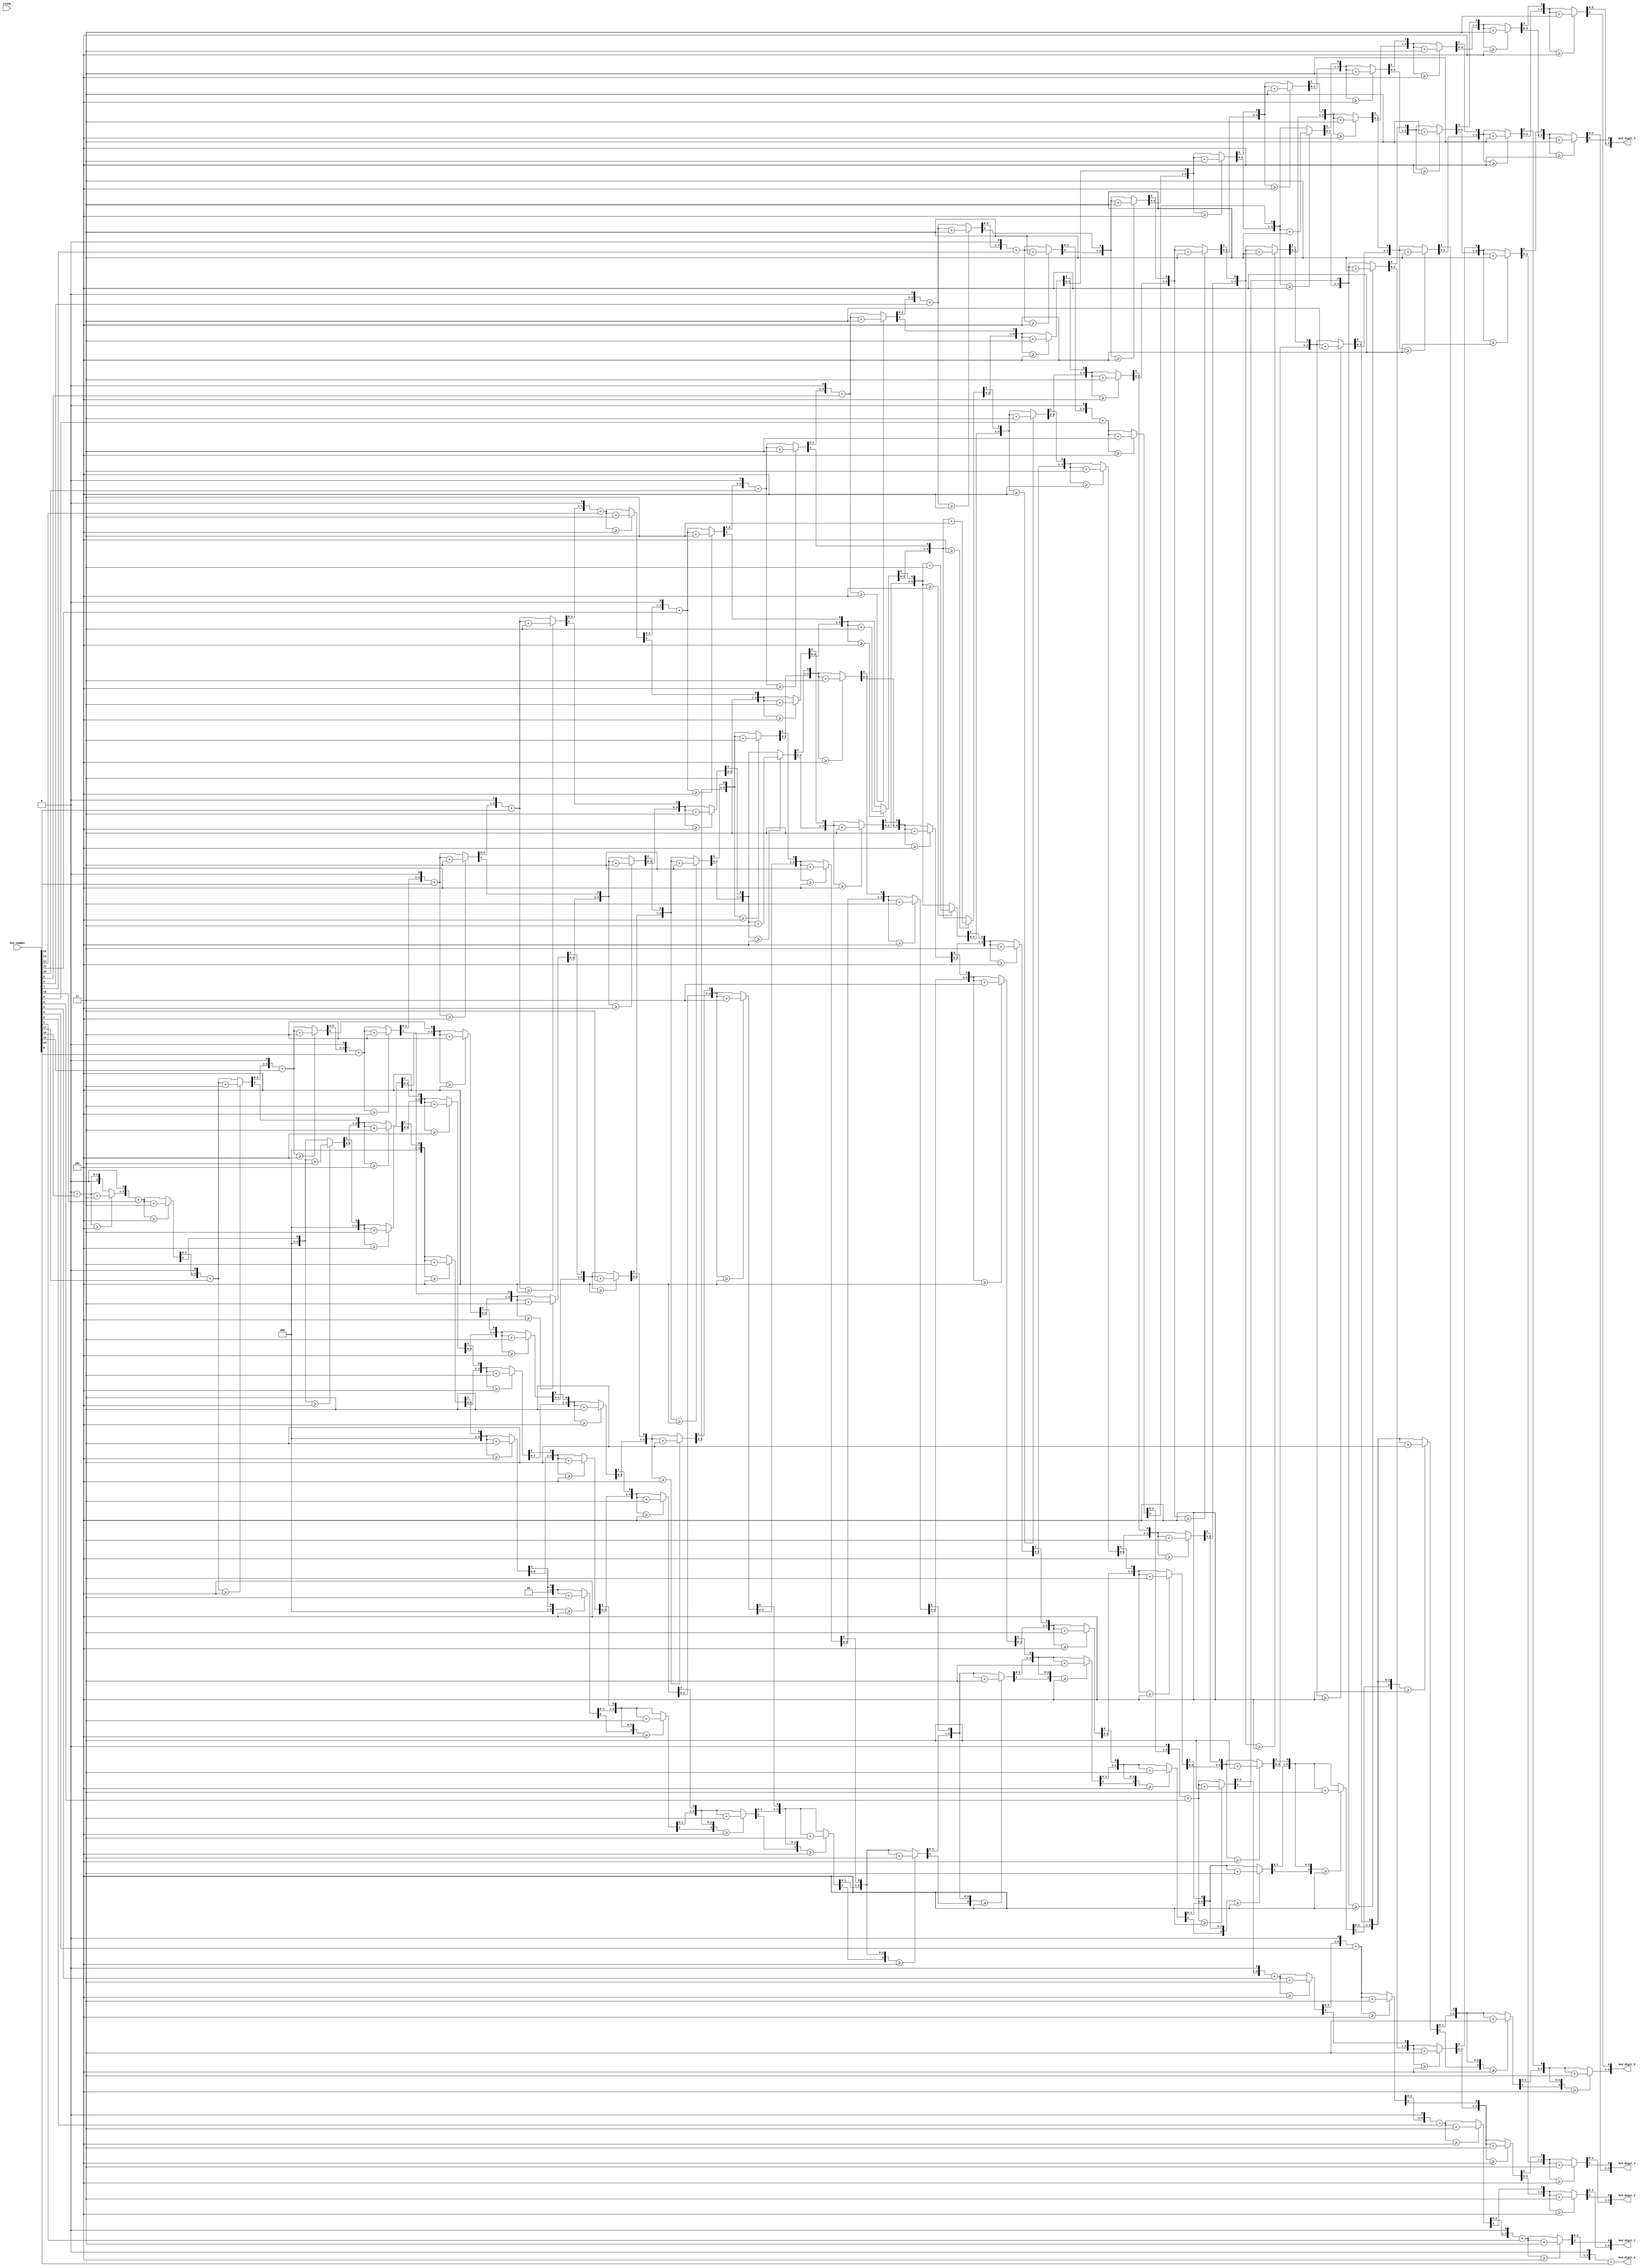
module hex_to_bcd_converter(	input wire clock, 
										input wire [19:0] hex_number,
										output [3:0] bcd_digit_0,bcd_digit_1,bcd_digit_2,bcd_digit_3, bcd_digit_4, bcd_digit_5);
										
// DE1-SoC has 6 7_seg_LEDs, 20 bits can represent decimal 999999.
//This module is designed to convert a 20 bit binary representation
//to BCD
	integer i, k;
	wire [19:0] hex_number1; // the last 20 bits of input hex_number
	reg [3:0] bcd_digit [5:0]; //simplifies program
	assign hex_number1=hex_number[19:0];
	assign bcd_digit_0=bcd_digit[0];
	assign bcd_digit_1=bcd_digit[1];
	assign bcd_digit_2=bcd_digit[2];
	assign bcd_digit_3=bcd_digit[3];
	assign bcd_digit_4=bcd_digit[4];
	assign bcd_digit_5=bcd_digit[5];
	always @ (*) begin
		
		for (i=5; i>=0; i=i-1)begin		//set all 6 digits to 0
			bcd_digit[i] = 4'b0;
		end
		
		//shift 20 times
		for (i=19; i>=1; i=i-1) begin
		
			bcd_digit[0] = bcd_digit[0] + hex_number1[i];
		//check all 6 BCD tetrads, if >=5 then add 3
			for (k=5; k>=0; k=k-1) begin
				if (bcd_digit[k] >= 4'd5)begin
					bcd_digit[k] = bcd_digit[k] + 4'd3;
				end
			end
			//shift one bit of BIN/HEX left
			//for the first 5 tetrads
			for (k=5; k>=1; k=k-1) begin
				bcd_digit[k]=bcd_digit[k] << 1;
				bcd_digit[k][0]=bcd_digit[k-1][3];
			end
		//shift one bit of BIN/HEX left, for the last tetrad
		
			bcd_digit[0]=bcd_digit[0] << 1;
		end //end for loop
		
		bcd_digit[0] = bcd_digit[0] + hex_number1[0];	 // add last bit
		
	end //end of always.
endmodule